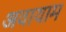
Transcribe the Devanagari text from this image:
अवायाम